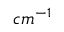
c m ^ { - 1 }